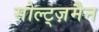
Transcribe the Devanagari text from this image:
सोल्ट्ज़मैन